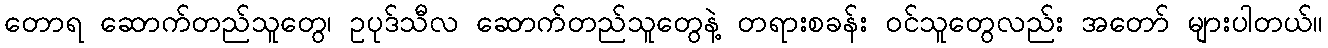
တောရ ဆောက်တည်သူတွေ၊ ဥပုဒ်သီလ ဆောက်တည်သူတွေနဲ့ တရားစခန်း ဝင်သူတွေလည်း အတော် များပါတယ်။